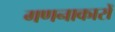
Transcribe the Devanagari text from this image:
गणनाकारों